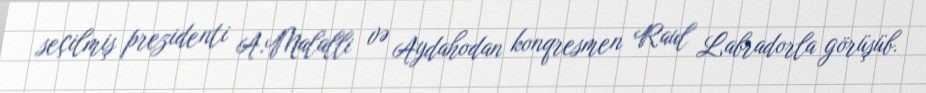
seçilmiş prezidenti A.Malalli və Aydahodan konqresmen Raul Labradorla görüşüb.